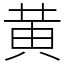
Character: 黄